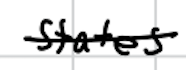
Text: States
Cross-out: single-line
Writing tool: digital_black